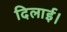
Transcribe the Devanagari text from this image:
दिलार्इ।